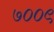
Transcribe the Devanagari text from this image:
७००९